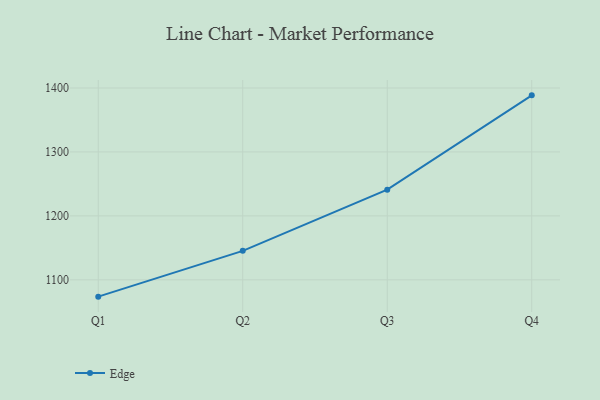
{"axis": {"x": "Quarter", "y": "Churn Rate (%)"}, "legend": ["Edge"], "data": [{"x": "Q1", "y": 1073.7, "type": "Edge"}, {"x": "Q2", "y": 1145.3, "type": "Edge"}, {"x": "Q3", "y": 1241.0, "type": "Edge"}, {"x": "Q4", "y": 1388.5, "type": "Edge"}]}